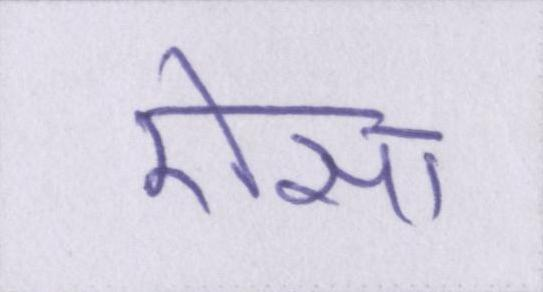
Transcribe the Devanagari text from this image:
ऐसा